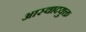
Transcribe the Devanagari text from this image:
आस्वादयुक्त